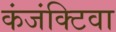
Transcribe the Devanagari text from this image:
कंजंक्टिवा